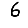
Digit: 6